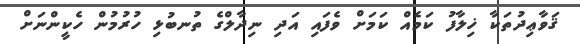
ޤަވާޢިދުތަކާ ޚިލާފު ކަމެއް ކަމަށް ވެފައި އަދި ނިދާލްގެ ތުނބުޅި ހުރުމުން ހެކީންނަށް